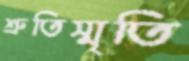
শ্রুতিস্মৃতি